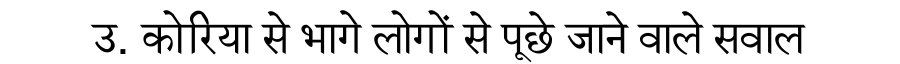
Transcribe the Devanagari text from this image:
उ. कोरिया से भागे लोगों से पूछे जाने वाले सवाल